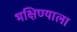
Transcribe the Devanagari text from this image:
भक्षिण्याला